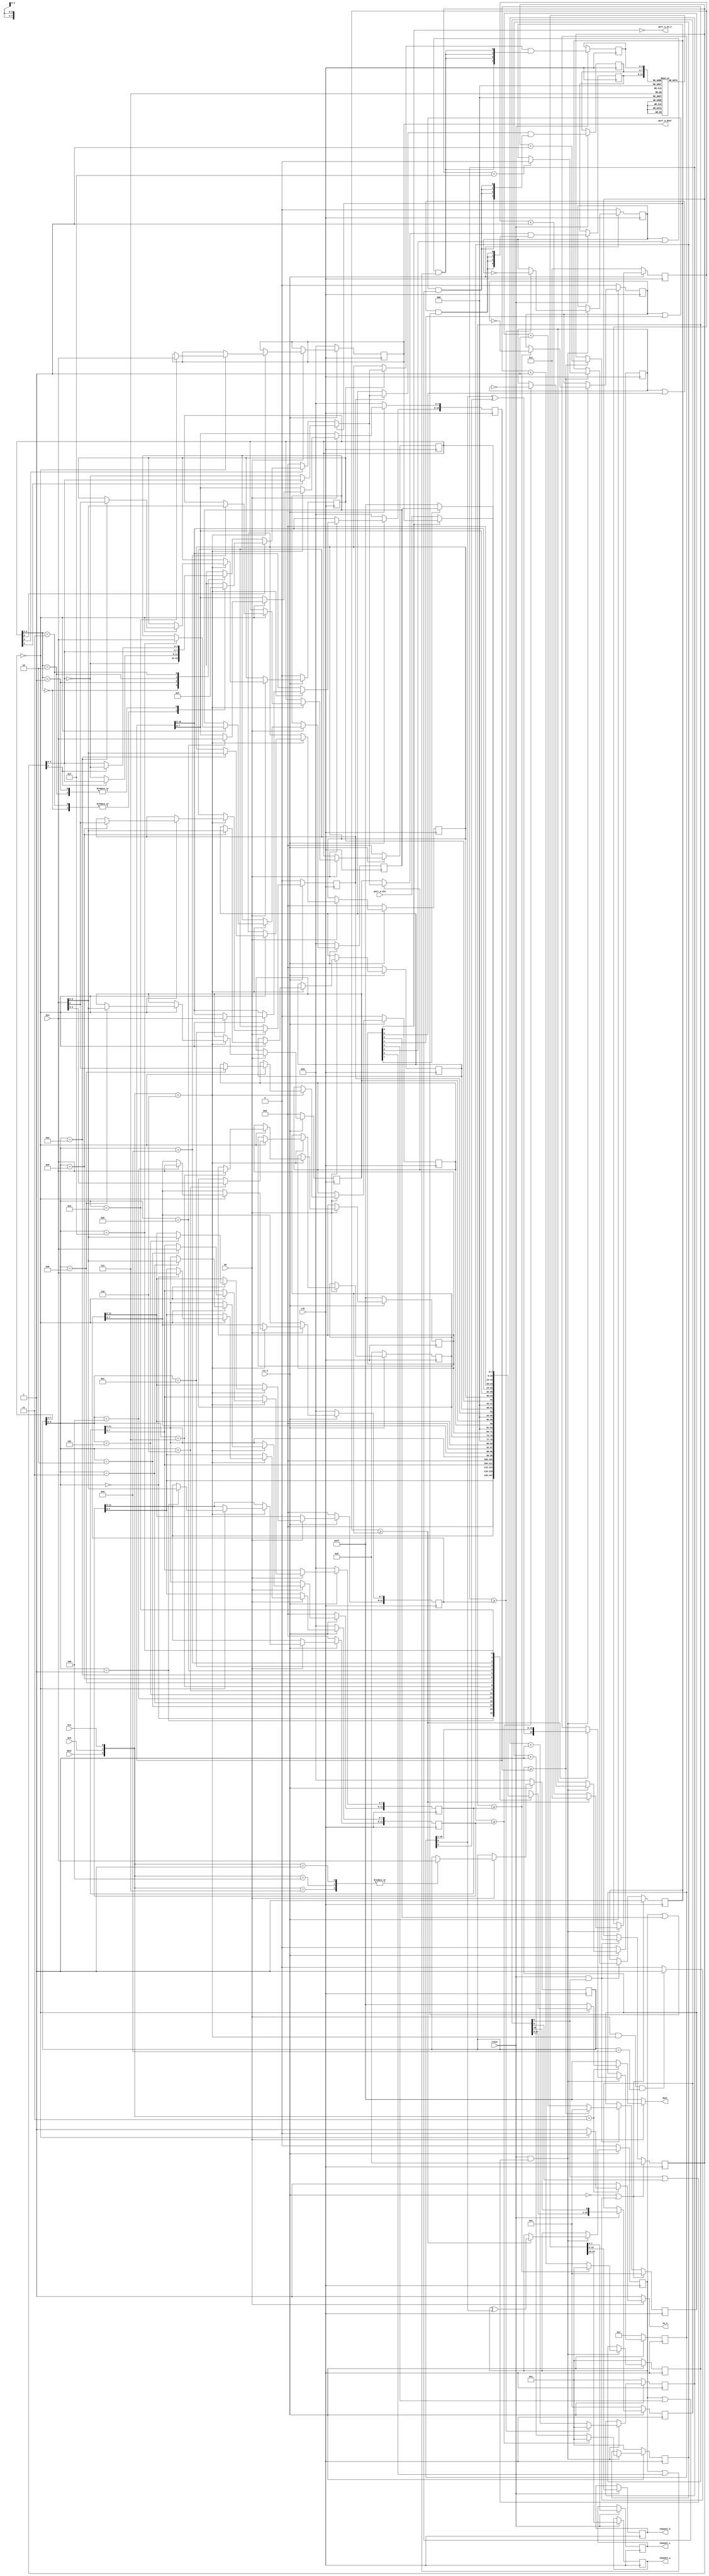
`timescale 1ns / 1ps
`default_nettype none

//    This file is part of the ZXUNO Spectrum core. 
//    Creation date is 01:07:32 2020-02-22 by Miguel Angel Rodriguez Jodar
//    (c)2014-2020 ZXUNO association.
//    ZXUNO official repository: http://svn.zxuno.com/svn/zxuno
//    Username: guest   Password: zxuno
//    Github repository for this core: https://github.com/mcleod-ideafix/zxuno_spectrum_core
//
//    ZXUNO Spectrum core is free software: you can redistribute it and/or modify
//    it under the terms of the GNU General Public License as published by
//    the Free Software Foundation, either version 3 of the License, or
//    (at your option) any later version.
//
//    ZXUNO Spectrum core is distributed in the hope that it will be useful,
//    but WITHOUT ANY WARRANTY; without even the implied warranty of
//    MERCHANTABILITY or FITNESS FOR A PARTICULAR PURPOSE.  See the
//    GNU General Public License for more details.
//
//    You should have received a copy of the GNU General Public License
//    along with the ZXUNO Spectrum core.  If not, see <https://www.gnu.org/licenses/>.
//
//    Any distributed copy of this file must keep this notice intact.

module ay_3_8192 (
  input wire clk,
  input wire clken,
  input wire rst_n,
  input wire a8,
  input wire bdir,
  input wire bc1,
  input wire bc2,
  input wire [7:0] din,
  output reg [7:0] dout,
  output reg oe_n,
  output reg [7:0] channel_a,
  output reg [7:0] channel_b,
  output reg [7:0] channel_c,
  input wire [7:0] port_a_din,
  output wire [7:0] port_a_dout,
  output wire port_a_oe_n
  );
  
  reg [11:0] period_a, period_b, period_c;
  reg [4:0] noise_period;
  reg [7:0] enable_chan;
    wire input_enable_b_n = enable_chan[7];
    wire input_enable_a_n = enable_chan[6];
    assign port_a_oe_n    = ~enable_chan[6];  // signal that data at PORT_A is valid because it is configured as an output port   
    wire enable_noise_c_n = enable_chan[5];
    wire enable_noise_b_n = enable_chan[4];
    wire enable_noise_a_n = enable_chan[3];
    wire enable_tone_c_n  = enable_chan[2];
    wire enable_tone_b_n  = enable_chan[1];
    wire enable_tone_a_n  = enable_chan[0];
  reg ampmode_a, ampmode_b, ampmode_c;
  reg [3:0] amp_a, amp_b, amp_c;
  reg [15:0] envelope_period;
  reg [3:0] envelope_shape;
    wire cont   = envelope_shape[3];
    wire attack = envelope_shape[2];
    wire altern = envelope_shape[1];
    wire hold   = envelope_shape[0];
  reg [7:0] reg_port_a, reg_port_b;
  assign port_a_dout = reg_port_a;
  reg [7:0] regaddr;

  initial begin
    regaddr         = 4'h0;
    period_a        = 12'h000;
    period_b        = 12'h000;
    period_c        = 12'h000;
    noise_period    = 5'b00000;
    enable_chan     = 8'h00;
    ampmode_a       = 1'b0;
    ampmode_b       = 1'b0;
    ampmode_c       = 1'b0;
    amp_a           = 4'b0000;
    amp_b           = 4'b0000;
    amp_c           = 4'b0000;
    envelope_period = 16'h0000;
    envelope_shape  = 4'b0000;
    reg_port_a      = 8'h00;
    reg_port_b      = 8'h00;
  end
  
  ////////////// CPU interface /////////////////////////////////////////
  
  // CPU writes
  always @(posedge clk) begin
    if (rst_n == 1'b0) begin
      regaddr         <= 4'h0;
      period_a        <= 12'h000;
      period_b        <= 12'h000;
      period_c        <= 12'h000;
      noise_period    <= 5'b00000;
      enable_chan     <= 8'hFF;
      ampmode_a       <= 1'b0;
      ampmode_b       <= 1'b0;
      ampmode_c       <= 1'b0;
      amp_a           <= 4'b0000;
      amp_b           <= 4'b0000;
      amp_c           <= 4'b0000;
      envelope_period <= 16'h0000;
      envelope_shape  <= 4'b0000;
      reg_port_a      <= 8'h00;
      reg_port_b      <= 8'h00;
    end
    else begin  
      if (a8 == 1'b1) begin
        case ({bdir,bc2,bc1})
          3'b001,
          3'b100,
          3'b111: regaddr <= din;  // latch PSG register address (all of it, including bits that are not used in register selection)
          3'b110: 
            begin // write to currently addressed PSG register
              if (regaddr[7:4] == 4'b0000) begin
                case (regaddr[3:0])
                  4'd0 : period_a[7:0]         <= din;
                  4'd1 : period_a[11:8]        <= din[3:0];
                  4'd2 : period_b[7:0]         <= din;
                  4'd3 : period_b[11:8]        <= din[3:0];
                  4'd4 : period_c[7:0]         <= din;
                  4'd5 : period_c[11:8]        <= din[3:0];
                  4'd6 : noise_period          <= din[4:0];
                  4'd7 : enable_chan           <= din;
                  4'd8 : {ampmode_a,amp_a}     <= din[4:0];
                  4'd9 : {ampmode_b,amp_b}     <= din[4:0];
                  4'd10: {ampmode_c,amp_c}     <= din[4:0];
                  4'd11: envelope_period[7:0]  <= din;
                  4'd12: envelope_period[15:8] <= din;
                  4'd13: envelope_shape        <= din[3:0];
                  4'd14: reg_port_a            <= din;
                  4'd15: reg_port_b            <= din;
                endcase
              end
            end
        endcase
      end
    end
  end
  
  reg reset_envelope;
  always @* begin
    if (a8 == 1'b1 && {bdir,bc2,bc1} == 3'b110 && regaddr == 8'd13)
      reset_envelope = 1'b1;
    else
      reset_envelope = 1'b0;
  end
  
  // CPU reads
  always @* begin
    dout = 8'hFF;
    oe_n = 1'b1;
    if (a8 == 1'b1) begin
      if ({bdir,bc2,bc1} == 3'b011) begin
        if (regaddr[7:4] == 4'b0000) begin
          oe_n = 1'b0;
          case (regaddr[3:0])
            4'd0 : dout = period_a[7:0];
            4'd1 : dout = {4'b0000, period_a[11:8]};
            4'd2 : dout = period_b[7:0];
            4'd3 : dout = {4'b0000, period_b[11:8]};
            4'd4 : dout = period_c[7:0];
            4'd5 : dout = {4'b0000, period_c[11:8]};
            4'd6 : dout = {3'b000, noise_period};
            4'd7 : dout = enable_chan;
            4'd8 : dout = {3'b000, ampmode_a, amp_a};
            4'd9 : dout = {3'b000, ampmode_b, amp_b};
            4'd10: dout = {3'b000, ampmode_c, amp_c};
            4'd11: dout = envelope_period[7:0];
            4'd12: dout = envelope_period[15:8];
            4'd13: dout = {4'b0000, envelope_shape};
            4'd14: dout = (input_enable_a_n == 1'b0)? port_a_din : reg_port_a;
            4'd15: dout = (input_enable_b_n == 1'b0)? 8'hFF : reg_port_b;  // PORT_B is not available at AY-3-8912, so input always read $FF
            default: dout = 8'hFF;
          endcase
        end
      end
    end
  end
  
  ////////////// Tone and noise generation /////////////////////////////////////////
  
  reg [15:0] divprescaler = 16'h0001; 
  wire clken_presc = divprescaler[0] | divprescaler[8];
  wire clken_presc_env = divprescaler[0];
  // Prescaler for note, noise and envelope generator.
  always @(posedge clk) begin
    if (rst_n == 1'b0)
      divprescaler <= 16'h0001;
    else if (clken == 1'b1)
      divprescaler <= {divprescaler[14:0], divprescaler[15]};
  end
  
  reg tone_a = 1'b0, tone_b = 1'b0, tone_c = 1'b0, tone_noise = 1'b0;
  reg [11:0] counter_tone_a, counter_tone_b, counter_tone_c;
  reg [4:0] counter_noise;
  reg [16:0] noise_shiftreg = 17'h00001;
  
  always @(posedge clk) begin
    if (rst_n == 1'b0) begin
      tone_a <= 1'b0;
      tone_b <= 1'b0;
      tone_c <= 1'b0;
      tone_noise <= 1'b0;
      counter_tone_a <= 12'h001;
      counter_tone_b <= 12'h001;
      counter_tone_c <= 12'h001;
      counter_noise <= 5'b00001;
      noise_shiftreg <= 17'h00001;
    end
    else begin
      if (clken == 1'b1 && clken_presc == 1'b1) begin
        // Tone generator A 
        if (counter_tone_a >= period_a) begin
          tone_a <= ~tone_a;
          counter_tone_a <= 12'h001;
        end
        else begin
          counter_tone_a <= counter_tone_a + 12'h001;
        end
        // Tone generator B
        if (counter_tone_b >= period_b) begin
          tone_b <= ~tone_b;
          counter_tone_b <= 12'h001;
        end
        else begin
          counter_tone_b <= counter_tone_b + 12'h001;
        end
        // Tone generator C
        if (counter_tone_c >= period_c) begin
          tone_c <= ~tone_c;
          counter_tone_c <= 12'h001;
        end
        else begin
          counter_tone_c <= counter_tone_c + 12'h001;
        end
        // Noise generator
        if (counter_noise >= noise_period) begin
          counter_noise <= 5'b00001;
          /* MAME DRIVER: The Random Number Generator of the 8910 is a 17-bit shift */
          /* register. The input to the shift register is bit0 XOR bit3 */
          /* (bit0 is the output). This was verified on AY-3-8910 and YM2149 chips. */
          noise_shiftreg <= {noise_shiftreg[0] ^ noise_shiftreg[3], noise_shiftreg[16:1]};
          tone_noise <= tone_noise ^ noise_shiftreg[0];  // el bit 0 del shitreg se usa para toglear el bit de ruido final
        end
        else begin
          counter_noise <= counter_noise + 5'b00001;
        end
      end // del if que guarda que slo se hagan cosas cuando toca    
    end  // del no reset
  end  // del always @(posedge.....)

  ////////////// Channel mixer /////////////////////////////////////////

  // al parecer, cuando se deshabilita el tono o el ruido, la seal se queda a 1, as puede seguir operando la envolvente
  // Por eso el datasheet insiste en que para deshabilitar de verdad un canal, hay que poner su volumen a 0
  wire tone_noise_a = (tone_a | enable_tone_a_n) & (tone_noise | enable_noise_a_n);
  wire tone_noise_b = (tone_b | enable_tone_b_n) & (tone_noise | enable_noise_b_n);
  wire tone_noise_c = (tone_c | enable_tone_c_n) & (tone_noise | enable_noise_c_n);
  
  ////////////// Envelope generator /////////////////////////////////////////
  
  reg [3:0] envelope;
  // envelope shapes
  // C AtAlH
  // 0 0 x x  \___
  //
  // 0 1 x x  /___
  //
  // 1 0 0 0  \\\\
  //
  // 1 0 0 1  \___
  //
  // 1 0 1 0  \/\/
  //           ___
  // 1 0 1 1  \
  //
  // 1 1 0 0  ////
  //           ___
  // 1 1 0 1  /
  //
  // 1 1 1 0  /\/\
  //
  // 1 1 1 1  /___
  
  // Sequence counter for envelope generation
  reg [4:0] envelope_sample_seq = 5'h00;
  reg env_shape_first_period = 1'b1;
  reg [15:0] counter_envelope = 16'h0001;
  always @(posedge clk) begin
    if (rst_n == 1'b0 || reset_envelope == 1'b1) begin
      envelope_sample_seq <= 5'h00;
      env_shape_first_period <= 1'b1;
      counter_envelope <= 16'h0001;
    end
    else begin
      if (clken == 1'b1 && clken_presc_env == 1'b1) begin
        if (counter_envelope >= envelope_period) begin
          counter_envelope <= 16'h0001;
          if (envelope_sample_seq == 5'b0_1111)
            env_shape_first_period <= 1'b0;
          envelope_sample_seq <= envelope_sample_seq + 5'h01;
        end
        else
          counter_envelope <= counter_envelope + 16'd1;
      end
    end
  end

  // Comb part of FSM for envelope generation  
  always @* begin
    envelope = 4'b1111;
    if (env_shape_first_period == 1'b1) begin   // primer ciclo de la envolvente
      if (attack == 1'b1)                       // en el primer ciclo slo se tiene en cuenta attack
        envelope = envelope_sample_seq[3:0];
      else
        envelope = ~envelope_sample_seq[3:0];
    end
    else begin                                  // segundo y siguientes ciclos de la envolvente
      if (cont == 1'b0)                         // CONTINUE = 0. dos primeras envolventes del datasheet. Tras el primer periodo, se quedan a 0
        envelope = 4'b0000;
      else begin                                
        if (hold == 1'b1) begin                 // CONTINUE = 1, HOLD = 1. Se queda la envolvente con 0 o 15 segn los valores de attack y alternate
          case ({attack,altern})
            2'b00, 2'b11: envelope = 4'b0000;
            2'b01, 2'b10: envelope = 4'b1111;
          endcase
        end
        else begin                              // CONTINUE = 1, HOLD = 0. Las 4 formas de onda que se repiten en el tiempo
          case ({attack,altern})
            2'b00: envelope = ~envelope_sample_seq[3:0];
            2'b01: 
              if (envelope_sample_seq[4] == 1'b0)
                envelope = ~envelope_sample_seq[3:0];
              else
                envelope = envelope_sample_seq[3:0];
            2'b10: envelope = envelope_sample_seq[3:0];
            2'b11:
              if (envelope_sample_seq[4] == 1'b0)
                envelope = envelope_sample_seq[3:0];
              else
                envelope = ~envelope_sample_seq[3:0];
          endcase
        end
      end
    end
  end
  
  ////////////// Amp control /////////////////////////////////////////
  
  reg [3:0] linear_chan_a, linear_chan_b, linear_chan_c;
  always @(posedge clk) begin
    if (clken == 1'b1) begin
      linear_chan_a <= ((ampmode_a == 1'b0)? amp_a : envelope) & {4{tone_noise_a}};
      linear_chan_b <= ((ampmode_b == 1'b0)? amp_b : envelope) & {4{tone_noise_b}};
      linear_chan_c <= ((ampmode_c == 1'b0)? amp_c : envelope) & {4{tone_noise_c}};
    end
  end
  
  ////////////// DAC /////////////////////////////////////////
  
  reg [7:0] lin2log[0:15];
  initial begin  // valores tomados de medidas hechas en el proyecto MAME
    lin2log[0]  = 8'd0;
    lin2log[1]  = 8'd3;
    lin2log[2]  = 8'd4;
    lin2log[3]  = 8'd6;
    lin2log[4]  = 8'd9;
    lin2log[5]  = 8'd13;
    lin2log[6]  = 8'd18;
    lin2log[7]  = 8'd29;
    lin2log[8]  = 8'd34;
    lin2log[9]  = 8'd55;
    lin2log[10] = 8'd77;
    lin2log[11] = 8'd98;
    lin2log[12] = 8'd130;
    lin2log[13] = 8'd166;
    lin2log[14] = 8'd208;
    lin2log[15] = 8'd255;
  end
  
//  initial begin  // lin2log[i] = 255*(16^(i/15)-1)/15
//    lin2log[0]  = 8'd0;
//    lin2log[1]  = 8'd3;
//    lin2log[2]  = 8'd8;
//    lin2log[3]  = 8'd13;
//    lin2log[4]  = 8'd19;
//    lin2log[5]  = 8'd26;
//    lin2log[6]  = 8'd35;
//    lin2log[7]  = 8'd45;
//    lin2log[8]  = 8'd58;
//    lin2log[9]  = 8'd73;
//    lin2log[10] = 8'd91;
//    lin2log[11] = 8'd113;
//    lin2log[12] = 8'd139;
//    lin2log[13] = 8'd171;
//    lin2log[14] = 8'd209;
//    lin2log[15] = 8'd255;
//  end

  always @(posedge clk) begin
    if (clken == 1'b1) begin
      channel_a <= lin2log[linear_chan_a];
      channel_b <= lin2log[linear_chan_b];
      channel_c <= lin2log[linear_chan_c];
    end
  end

//  always @(posedge clk) begin
//    if (clken == 1'b1) begin
//      channel_a <= {linear_chan_a, linear_chan_a};
//      channel_b <= {linear_chan_b, linear_chan_b};
//      channel_c <= {linear_chan_c, linear_chan_c};
//    end
//  end 
endmodule